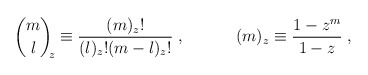
\begin{align*}{m\choose l}_{\!\!z}\equiv \frac{(m)_{z}!}{(l)_{z}! (m-l)_{z}!}\; ,\;\;\;\;\;\;\;\;\;\;\; (m)_{z} \equiv\frac{1-z^m}{1-z} \; ,\end{align*}